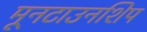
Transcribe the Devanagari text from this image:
मूनटाउनशिप